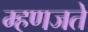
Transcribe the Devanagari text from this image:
म्हणजते